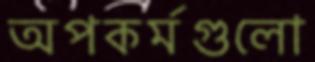
অপকর্মগুলো